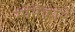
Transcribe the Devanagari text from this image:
मोनॅकोने